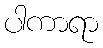
ပါကာရာ